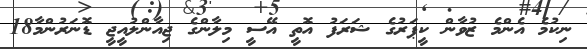
ނިކުމެ އެންމެ ޒުވާން ކީޕަރުގެ ޝަރަފު އޮތީ އޭސީ މިލާންގެ ޖިއާންލުއީޖީ ޑޮނަރުންމާ18